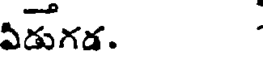
ఏడుగడ.